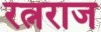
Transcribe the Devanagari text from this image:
रत्नराज